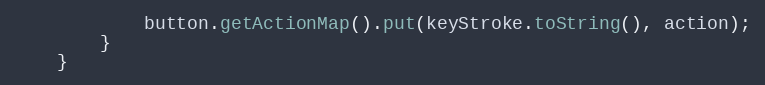
Language: Java
			button.getActionMap().put(keyStroke.toString(), action);
		}
	}